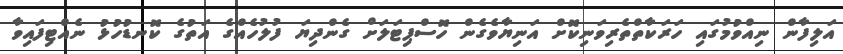
އަލިފާން ނިއްވުމުގައި ހަރަކާތްތެރިވަނިކޮށް އަނިޔާވެގެން ހޮސްޕިޓަލަށް ގެންދިޔަ ފުލުހެއްގެ އަތުގެ ކޮނޑުހުޅު ނެއްޓިފައިވާ